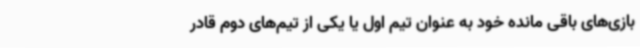
بازی‌های باقی مانده خود به عنوان تیم اول یا یکی از تیم‌های دوم قادر